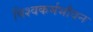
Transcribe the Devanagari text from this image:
विश्वकर्मभौवन